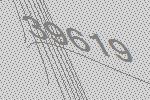
39619